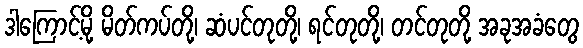
ဒါကြောင့်မို့ မိတ်ကပ်တို့၊ ဆံပင်တုတို့၊ ရင်တုတို့၊ တင်တုတို့ အခုအခံတွေ